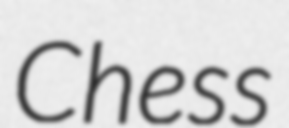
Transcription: Chess